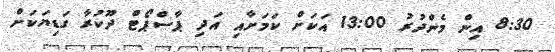
8:30 އިން މެންދުރު 13:00 އަކަށް ކަމަށާއި އަދި ޕާސްޕޯޓް ދޫކުރާ ގަޑިޔަކަށް